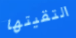
التقيتها